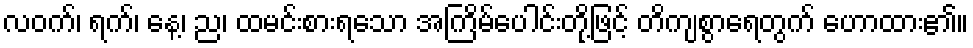
လဝက်၊ ရက်၊ နေ့၊ ည၊ ထမင်းစားရသော အကြိမ်ပေါင်းတို့ဖြင့် တိကျစွာရေတွက် ဟောထား၏။